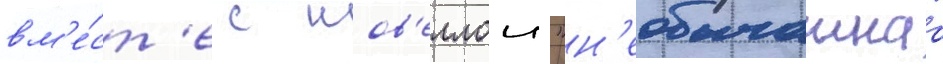
вм'е́ст'е с нов'еллои "н'еобычаинаа